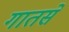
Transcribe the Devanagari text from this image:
गातसे